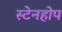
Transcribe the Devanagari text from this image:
स्टेनहोप